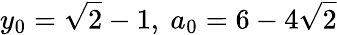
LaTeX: y_{0}={\sqrt{2}}-1,\ a_{0}=6-4{\sqrt{2}}